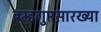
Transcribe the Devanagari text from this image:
ब्रम्हगुप्तसारख्या